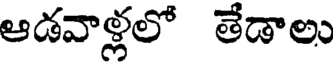
ఆడవాళ్లలో తేడాలు